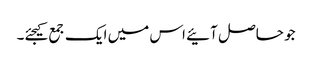
جو حاصل آئیے اس میں ایک جمع کیجئے۔